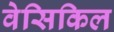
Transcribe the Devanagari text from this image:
वेसिकिल